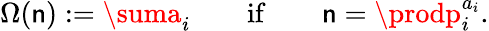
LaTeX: \Omega(\mathsf{n}):=\suma_{i}\qquad{\mathrm{{if}}}\qquad\mathsf{n}=\prodp_{i}^{a_{i}}.